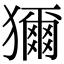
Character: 獮